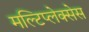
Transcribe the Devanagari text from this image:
मल्टिप्लेक्सेस